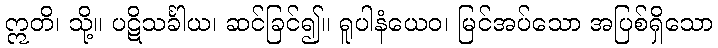
ဣတိ၊ သို့။ ပဋိသင်္ခါယ၊ ဆင်ခြင်၍။ ရူပါနံယေဝ၊ မြင်အပ်သော အပြစ်ရှိသော